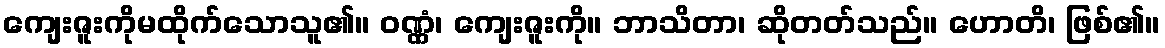
ကျေးဇူးကိုမထိုက်သောသူ၏။ ဝဏ္ဏံ၊ ကျေးဇူးကို။ ဘာသိတာ၊ ဆိုတတ်သည်။ ဟောတိ၊ ဖြစ်၏။